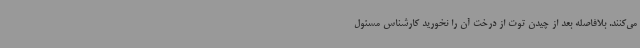
می‌کنند. بلافاصله بعد از چیدن توت از درخت آن را نخورید کارشناس مسئول